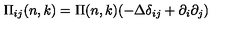
\Pi _ { i j } ( n , k ) = \Pi ( n , k ) ( - \Delta \delta _ { i j } + \partial _ { i } \partial _ { j } )